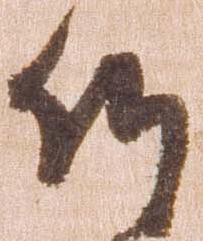
候